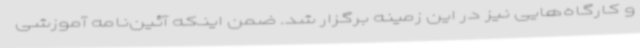
و کارگاه‌هایی نیز در این زمینه برگزار شد. ضمن اینکه آئین‌نامه آموزشی